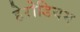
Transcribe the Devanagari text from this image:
हेरोडियम